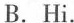
B.Hi.